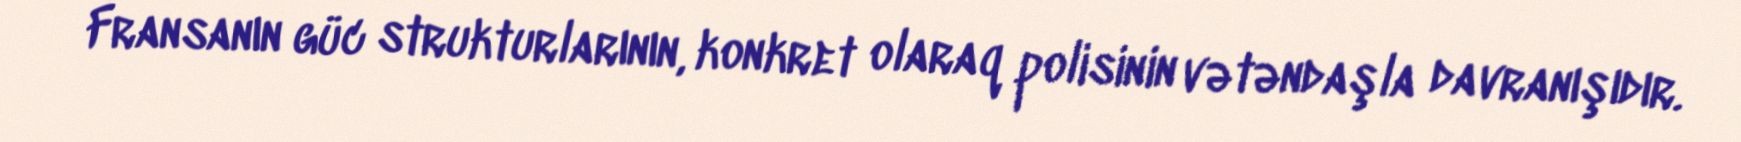
Fransanın güc strukturlarının, konkret olaraq polisinin vətəndaşla davranışıdır.